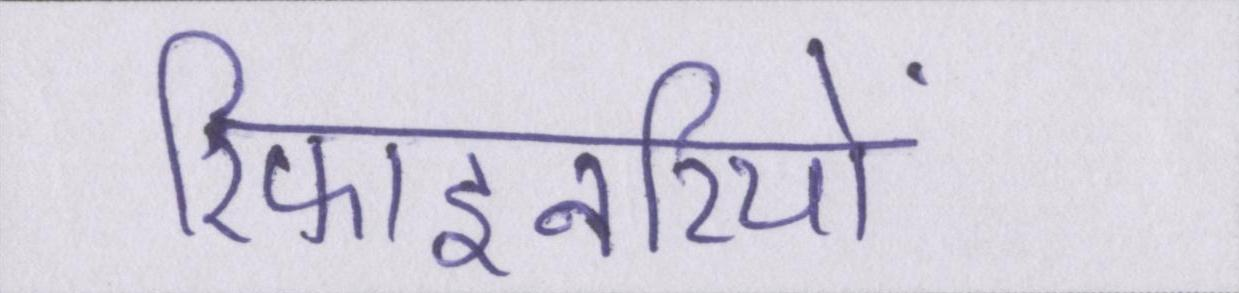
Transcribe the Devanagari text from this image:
रिफाइनरियों